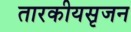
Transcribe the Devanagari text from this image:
तारकीयसृजन